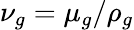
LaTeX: \nu_{g}=\mu_{g}/\rho_{g}